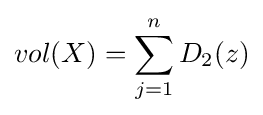
vol(X)=\sum _{j=1}^{n}D_{2}(z)